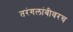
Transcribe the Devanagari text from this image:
तरंगलांबीवरच